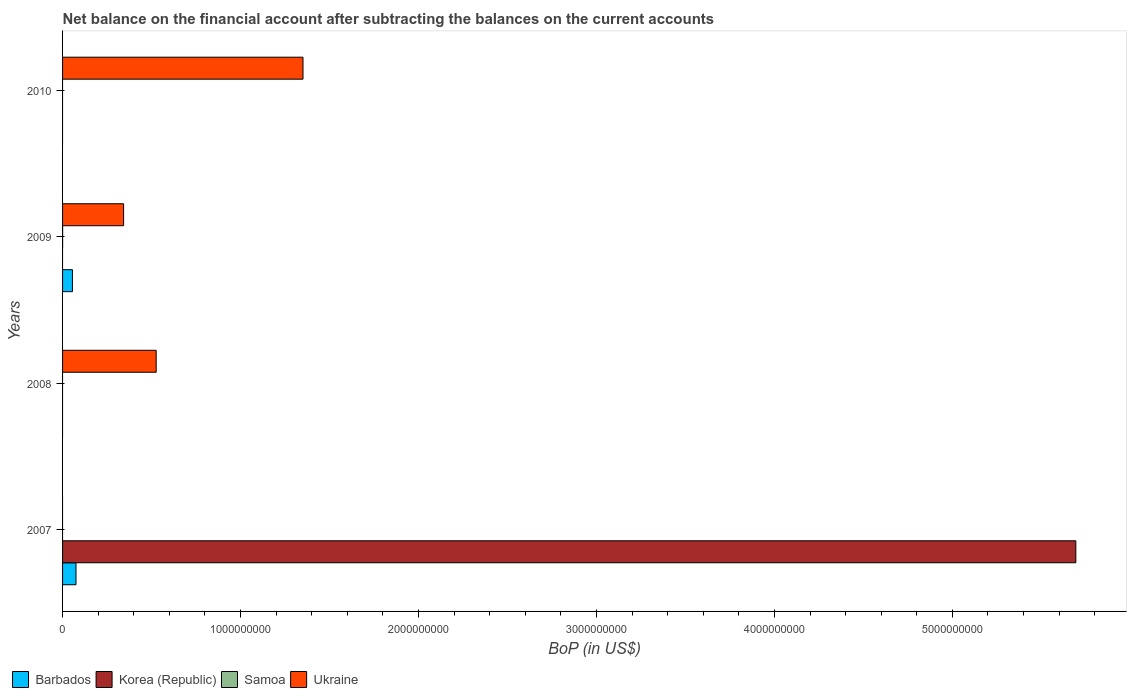
| Years | Barbados | Korea (Republic) | Samoa | Ukraine |
 | --- | --- | --- | --- | --- |
 | 2007 | 7.55e+07 | 5.69e+09 | -2.23e+06 | -4.8e+08 |
 | 2008 | -6.64e+06 | -9.81e+09 | -1.94e+07 | 5.26e+08 |
 | 2009 | 5.54e+07 | -4.64e+09 | 2.61e+05 | 3.43e+08 |
 | 2010 | -6.47e+07 | -5.6e+09 | -1.45e+07 | 1.35e+09 |